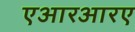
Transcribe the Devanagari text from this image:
एआरआरए